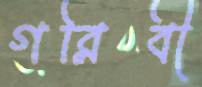
গরিবী